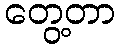
တွေ့တာ